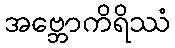
အဗ္ဘောကိရိဿံ